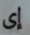
إى